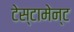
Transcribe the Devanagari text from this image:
टेस्टामेन्ट